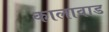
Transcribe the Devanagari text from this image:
कालावाड